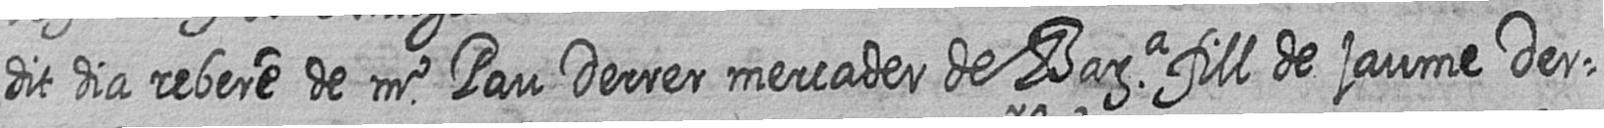
dit dia rebere de mr Pau Derrer mercader de Bara fill de jaume Der=